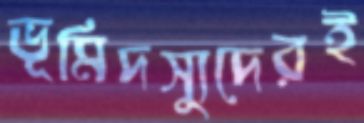
ভূমিদস্যুদেরই